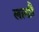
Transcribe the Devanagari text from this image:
लाखौ